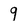
Character: 9